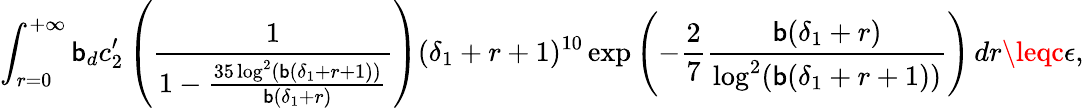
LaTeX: \int_{r=0}^{+\infty}\mathsf{b}_{d}c_{2}^{\prime}\left(\frac{{1}}{{1-\frac{{35\log^{2}(\mathsf{b}(\delta_{1}+r+1))}}{{\mathsf{b}(\delta_{1}+r)}}}}\right)(\delta_{1}+r+1)^{10}\exp\left(-\frac{{2}}{{7}}\frac{{\mathsf{b}(\delta_{1}+r)}}{{\log^{2}(\mathsf{b}(\delta_{1}+r+1))}}\right)\, dr\leqc\epsilon,